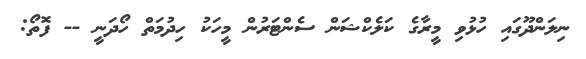
ނިލަންދޫގައި ހުޅުވި މީރާގެ ކަލެކްޝަން ސެންޓަރުން މީހަކު ހިދުމަތް ހޯދަނީ -- ފޮތޯ: